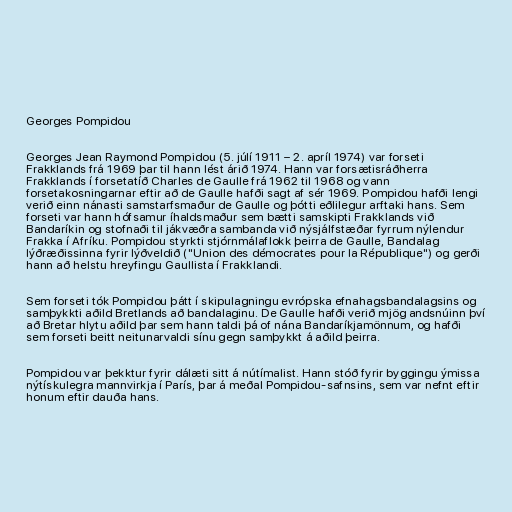
Georges Pompidou

Georges Jean Raymond Pompidou (5. júlí 1911 – 2. apríl 1974) var forseti
Frakklands frá 1969 þar til hann lést árið 1974. Hann var forsætisráðherra
Frakklands í forsetatíð Charles de Gaulle frá 1962 til 1968 og vann
forsetakosningarnar eftir að de Gaulle hafði sagt af sér 1969. Pompidou hafði lengi
verið einn nánasti samstarfsmaður de Gaulle og þótti eðlilegur arftaki hans. Sem
forseti var hann hófsamur íhaldsmaður sem bætti samskipti Frakklands við
Bandaríkin og stofnaði til jákvæðra sambanda við nýsjálfstæðar fyrrum nýlendur
Frakka í Afríku. Pompidou styrkti stjórnmálaflokk þeirra de Gaulle, Bandalag
lýðræðissinna fyrir lýðveldið ("Union des démocrates pour la République") og gerði
hann að helstu hreyfingu Gaullista í Frakklandi.

Sem forseti tók Pompidou þátt í skipulagningu evrópska efnahagsbandalagsins og
samþykkti aðild Bretlands að bandalaginu. De Gaulle hafði verið mjög andsnúinn því
að Bretar hlytu aðild þar sem hann taldi þá of nána Bandaríkjamönnum, og hafði
sem forseti beitt neitunarvaldi sínu gegn samþykkt á aðild þeirra.

Pompidou var þekktur fyrir dálæti sitt á nútímalist. Hann stóð fyrir byggingu ýmissa
nýtískulegra mannvirkja í París, þar á meðal Pompidou-safnsins, sem var nefnt eftir
honum eftir dauða hans.